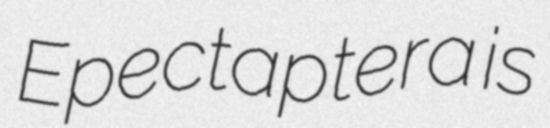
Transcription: Epectaptera is